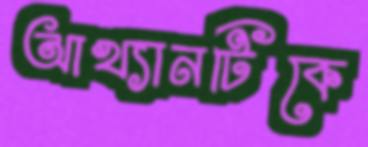
আখ্যানটিকে